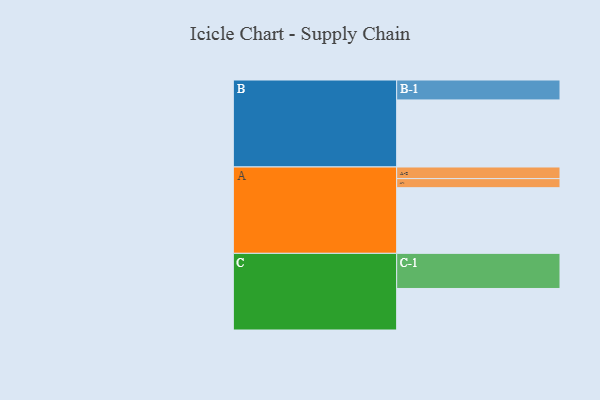
{"axis": {"x": "Segment", "y": "Value"}, "legend": ["", "A", "B", "C"], "data": [{"x": "A", "y": 514, "type": ""}, {"x": "B", "y": 525, "type": ""}, {"x": "C", "y": 325, "type": ""}, {"x": "A-1", "y": 71, "type": "A"}, {"x": "A-2", "y": 91, "type": "A"}, {"x": "B-1", "y": 156, "type": "B"}, {"x": "C-1", "y": 275, "type": "C"}]}